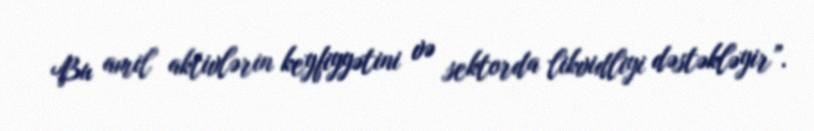
Bu amil aktivlərin keyfiyyətini və sektorda likvidliyi dəstəkləyir”.